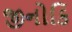
જીનોકિ